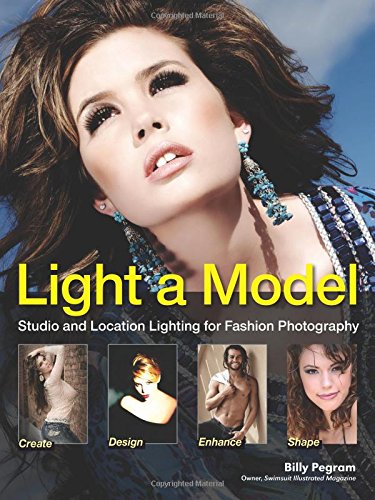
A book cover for Light A Model: Studio and Location Lighting Techniques for Fashion Photography; Billy Pegram; Arts & Photography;